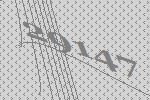
29147